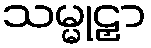
သမ္မုဠှာ